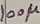
Text: 100µ